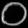
Digit: ၀